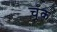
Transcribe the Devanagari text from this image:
चूँक